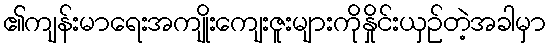
၏ကျန်းမာရေးအကျိုးကျေးဇူးများကိုနှိုင်းယှဉ်တဲ့အခါမှာ